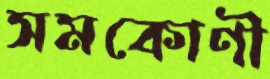
সমকোণী